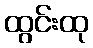
ထွင်းထု